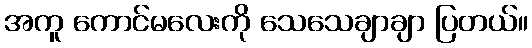
အကူ ကောင်မလေးကို သေသေချာချာ ပြတယ်။